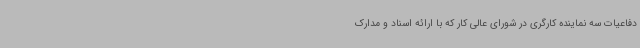
دفاعیات سه نماینده کارگری در شورای عالی کار که با ارائه اسناد و مدارک